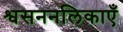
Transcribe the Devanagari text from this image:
श्वसननलिकाएँ